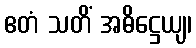
ဧတံ သတိံ အဓိဋ္ဌေယျ၊